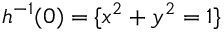
h ^ { - 1 } ( 0 ) = \{ x ^ { 2 } + y ^ { 2 } = 1 \}